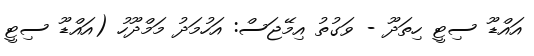
އައްޑޫ ސިޓީ ހިތަދޫ - ވަގުތު އިމޭޖަސް: އަހުމަދު މަމްދޫހު (އައްޑޫ ސިޓީ